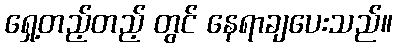
ရှေ့တည့်တည့် တွင် နေရာချပေးသည်။